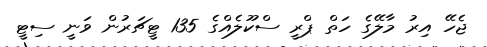
ޖެހޭ އިރު މާލޭގެ ހަތް ޕްރީ ސްކޫލެއްގެ 135 ޓީޗަރުން ވަނީ ސިޓީ